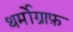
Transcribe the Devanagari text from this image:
थर्मोग्राफ़